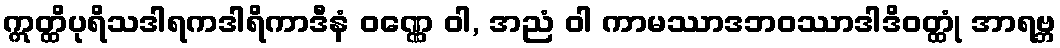
ဣတ္ထိပုရိသဒါရကဒါရိကာဒီနံ ဝဏ္ဏေ ဝါ, အညံ ဝါ ကာမဿာဒဘဝဿာဒါဒိဝတ္ထုံ အာရဗ္ဘ